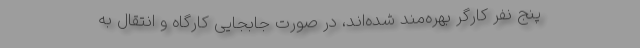
پنج نفر کارگر بهره‌مند شده‌اند، در صورت جابجایی کارگاه و انتقال به